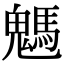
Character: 𩥢